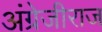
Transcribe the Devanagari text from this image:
अंग्रेजीराज